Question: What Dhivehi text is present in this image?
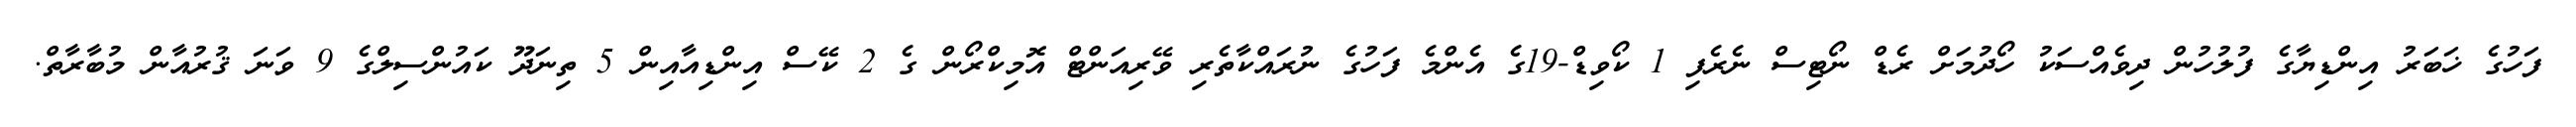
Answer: ފަހުގެ ޚަބަރު އިންޑިޔާގެ ފުލުހުން ދިވެއްސަކު ހޯދުމަށް ރެޑް ނޯޓިސް ނެރެފި 1 ކޯވިޑް-19ގެ އެންމެ ފަހުގެ ނުރައްކާތެރި ވޭރިއަންޓް އޮމިކްރޯން ގެ 2 ކޭސް އިންޑިއާއިން 5 ތިނަދޫ ކައުންސިލްގެ 9 ވަނަ ޤުރުއާން މުބާރާތް.